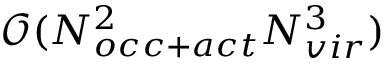
\mathcal { O } ( N _ { o c c + a c t } ^ { 2 } N _ { v i r } ^ { 3 } )